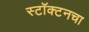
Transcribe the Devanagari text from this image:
स्टॉक्टनचा